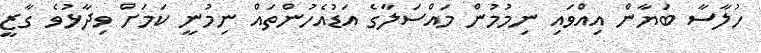
ހުލާސާ ބަޔާން އިއްވައި ނިމުމުން މައްސަލާގެ އަޑުއެހުންތައް ނިމުނީ ކަމަށް ވިދާޅުވެ ގާޒީ